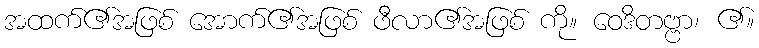
အထက်၏အဖြစ် အောက်၏အဖြစ် ဖီလာ၏အဖြစ် ကို။ ဝေဒိတဗ္ဗာ၊ ၏။